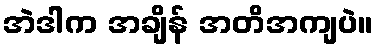
အဲဒါက အချိန် အတိအကျပဲ။